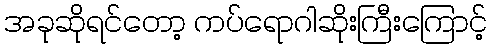
အခုဆိုရင်တော့ ကပ်ရောဂါဆိုးကြီးကြောင့်